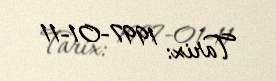
Tarix: 1997-01-11